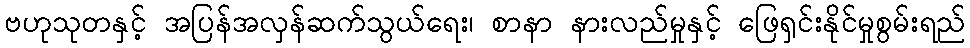
ဗဟုသုတနှင့် အပြန်အလှန်ဆက်သွယ်ရေး၊ စာနာ နားလည်မှုနှင့် ဖြေရှင်းနိုင်မှုစွမ်းရည်